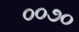
૦૦૭૦